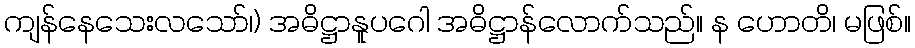
ကျန်နေသေးလသော်၊) အဓိဋ္ဌာနူပဂေါ အဓိဋ္ဌာန်လောက်သည်။ န ဟောတိ၊ မဖြစ်။